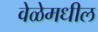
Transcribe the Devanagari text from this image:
वेळेमधील